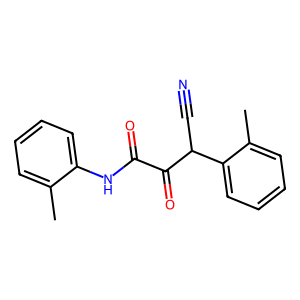
SMILES: Cc1ccccc1NC(=O)C(=O)C(C#N)c1ccccc1C
Inhibits HIV replication: No